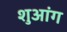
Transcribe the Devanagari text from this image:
शुआंग